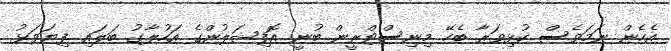
އެހެން ނަމަވެސް ކުޅިވަރާ ބެހޭ މިނިސްޓްރީން ބުނީ އޮފިޝަލުންގެ އަހުލާގު ބަލައި ފިޔަވަޅު